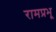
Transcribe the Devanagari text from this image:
रामप्रभू